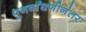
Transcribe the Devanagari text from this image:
पुनर्बांधणीनंतर